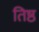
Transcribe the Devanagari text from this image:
तिष्ठ